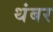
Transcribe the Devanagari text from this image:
थंबर